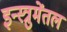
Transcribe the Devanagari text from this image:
इन्स्त्रुमेंतल